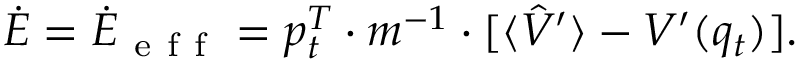
\dot { E } = \dot { E } _ { \mathrm { ~ e ~ f ~ f ~ } } = p _ { t } ^ { T } \cdot m ^ { - 1 } \cdot \lbrack \langle \hat { V } ^ { \prime } \rangle - V ^ { \prime } ( q _ { t } ) ] .